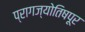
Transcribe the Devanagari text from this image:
प्रागज्योतिषपूर